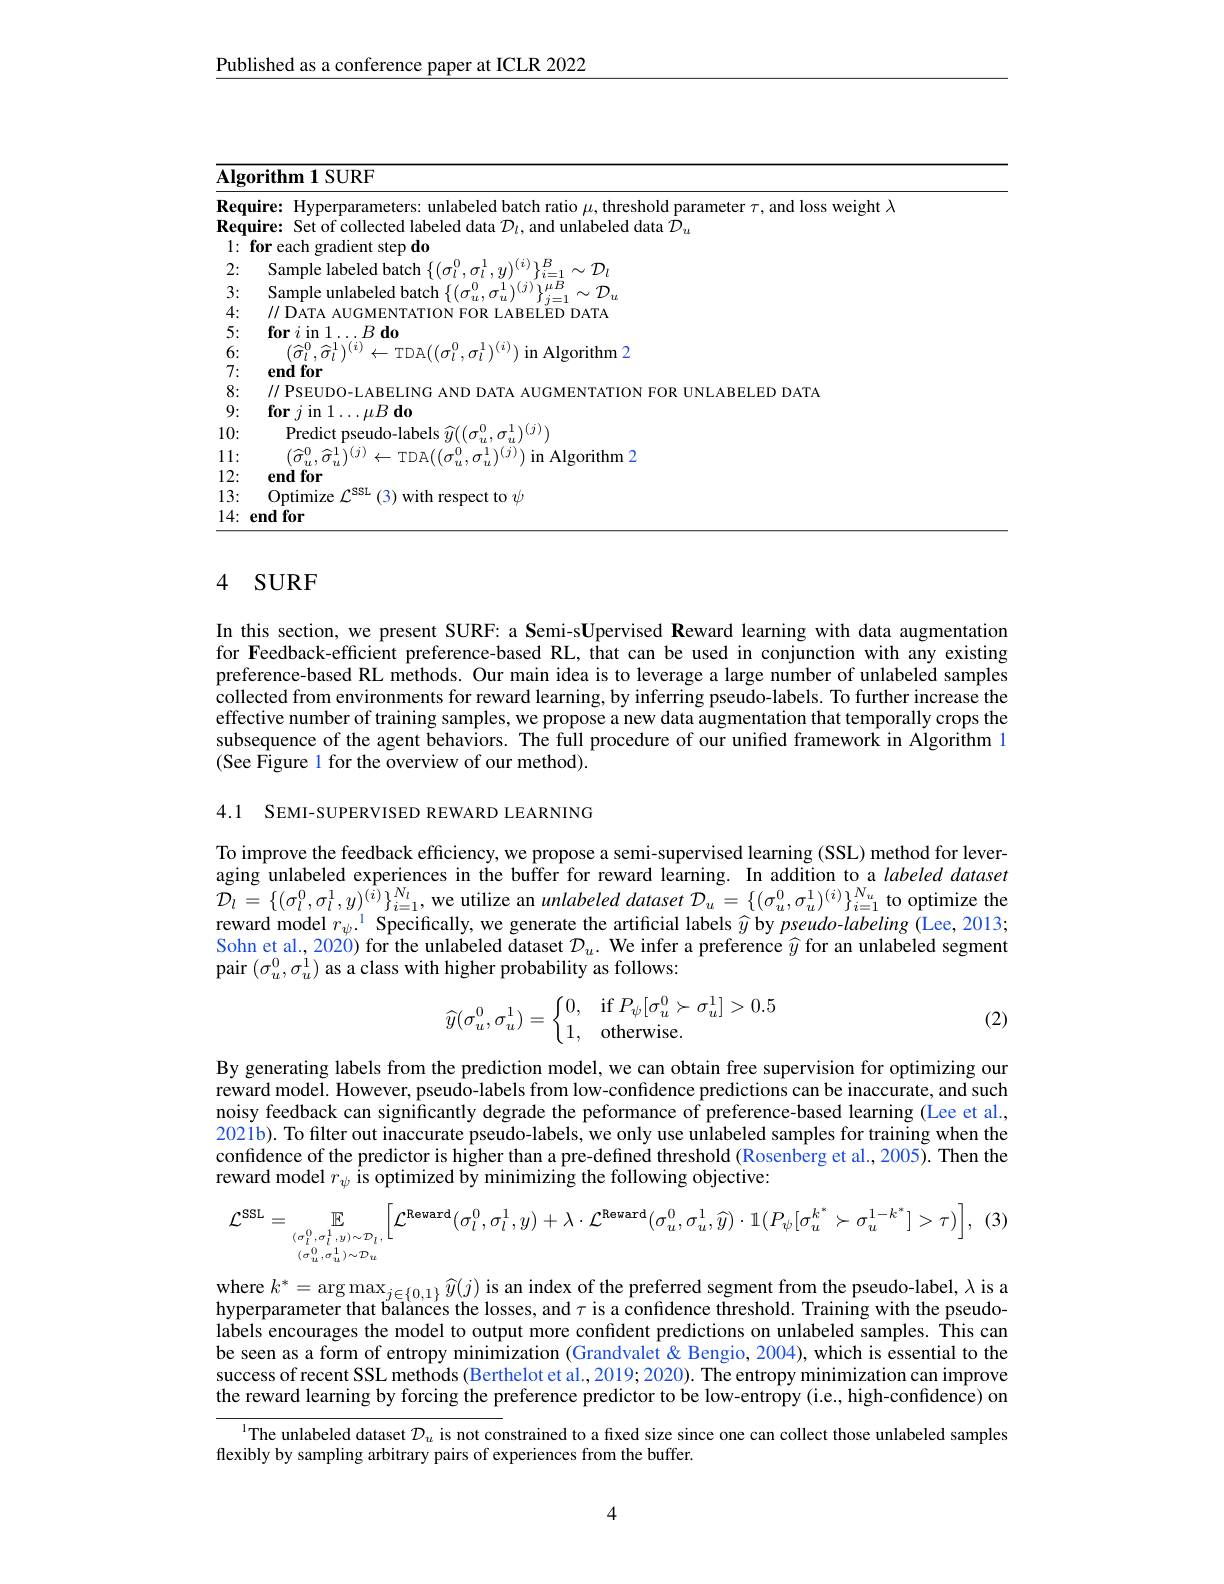
Published as a conference paper at ICLR 2022

<table>
	<tbody>
		<tr>
			<th>$\overline{\mathbf{Alg}(}$</th>
			<th>$orithm1SURF$</th>
		</tr>
		<tr>
			<td>Reqt</td>
			<td>$w\dot{e}ight$</td>
		</tr>
		<tr>
			<td>Reqr</td>
			<td>unlaheled data </td>
		</tr>
		<tr>
			<td>T 1:</td>
			<td>for each gradient step do</td>
		</tr>
		<tr>
			<td>2:</td>
			<td>Samnle laheled hatc $\therefore(i)_{1}B$ $_{1}\sim\mathcal{D}_{l}$</td>
		</tr>
		<tr>
			<td>3</td>
			<td>$(j)_{1}\mu B$ $,\mathcal{T}$</td>
		</tr>
		<tr>
			<td>4:</td>
			<td>110AT $\Delta RFIEDD\Delta T\Delta$</td>
		</tr>
		<tr>
			<td>5:</td>
			<td>$\textbf{for}i$ in$1\ldots B\textbf{ do}$</td>
		</tr>
		<tr>
			<td>6:</td>
			<td>$\hat{\sigma}_{i}^{0}\hat{\sigma}_{i}^{1}\rangle(i)$ $\cap\pi//\sigma^{0}-\sigma^{1})^{(2}$ Algorithm</td>
		</tr>
		<tr>
			<td>7:</td>
			<td>endfor</td>
		</tr>
		<tr>
			<td>8:</td>
			<td>//PSEUDO-I.ABEI.ING FOR IINI AREI FD DATA</td>
		</tr>
		<tr>
			<td>9:</td>
			<td>$\textbf{for }j$ in 1$\ldots \mu B\textbf{ do}$</td>
		</tr>
		<tr>
			<td>10:</td>
			<td>Predict pseudo-labels $\widehat{u}((\sigma_{x}^{0},\sigma_{x}^{1})^{(j)})$</td>
		</tr>
		<tr>
			<td>1: 1</td>
			<td>${\frac \Delta \sigma }^{0}$ ${\frac \Delta \sigma }^{1}\rangle ( j$, $TDA//\sigma^{0}$ 0 $\sigma ^{1}( j)$in in Algorithm 2</td>
		</tr>
		<tr>
			<td>12:</td>
			<td>endfor</td>
		</tr>
		<tr>
			<td>13:</td>
			<td>Optimize $\mathcal{L} ^{\mathrm{SSL}}( 3)$with respect to $\psi$</td>
		</tr>
		<tr>
			<td>14:</td>
			<td>end for</td>
		</tr>
	</tbody>
</table>

### 4 SURF

In this section, we present SURF: a Semi-sUpervised Reward learning with data augmentation for Feedback-efficient preference-based RL, that can be used in conjunction with any existing preference-based RL methods. Our main idea is to leverage a large number of unlabeled samples collected from environments for reward learning, by inferring pseudo-labels. To further increase the effective number of training samples, we propose a new data augmentation that temporally crops the subsequence of the agent behaviors. The full procedure of our unified framework in Algorithm l (See Figure 1 for the overview of our method).

4.1 SEMI-SUPERVISED REWARD LEARNING

To improve the feedback efficiency, we propose a semi-supervised learning (SSL) method for leveraging unlabeled experiences in the buffer for reward learning. In addition to a labeled dataset $\mathcal{D}_{l}=\{(\sigma_{l}^{0},\sigma_{l}^{1},y)^{(\hat{i})}\}_{i=1}^{N_{l}}$, we utilize an unlabeled dataset $\mathcal{D}_u=\{(\sigma_{u}^{0},\sigma_{u}^{1})^{(i)}\}_{i=1}^{N_{u}}$ to optimize the reward model $r_\psi.^{1}$ Specifically, we generate the artificial labels $\widehat{y}$ by pseudo-labeling (Lee, 2013; Sohn et al., 2020) for the unlabeled dataset $\mathcal{D}_u.$ We infer a preference $\widehat{y}$ for an unlabeled segment pair $(\sigma_u^0,\sigma_u^1)$ as a class with higher probability as follows:
$$\widehat y(\sigma_u^0,\sigma_u^1)=\left\{\begin{matrix}0,&\text{if}P_\psi[\sigma_u^0\succ\sigma_u^1]>0.5\\1,&\text{otherwise.}\end{matrix}\right.$$
(2)

By generating labels from the prediction model, we can obtain free supervision for optimizing our reward model. However, pseudo-labels from low-confidence predictions can be inaccurate, and such noisy feedback can significantly degrade the peformance of preference-based learning (Lee et al., 2021b). To filter out inaccurate pseudo-labels, we only use unlabeled samples for training when the confidence of the predictor is higher than a pre-defined threshold (Rosenberg et al.,2005). Then the reward model $r_\psi$ is optimized by minimizing the following objective:

(3)
$$\mathcal{L}^{\mathrm{SSL}}=\mathbb{E}_{(\sigma_{l}^{0},\sigma_{l}^{1},y)\sim\mathcal{D}_{l},}\bigg[\mathcal{L}^{\mathrm{Reward}}(\sigma_{l}^{0},\sigma_{l}^{1},y)+\lambda\cdot\mathcal{L}^{\mathrm{Reward}}(\sigma_{u}^{0},\sigma_{u}^{1},\widehat{y})\cdot\mathbb{1}\big(P_{\psi}[\sigma_{u}^{k^{*}}\succ\sigma_{u}^{1-k^{*}}]>\tau\big)\bigg],$$
where $k^* = \arg \max _{j\in \{ 0, 1\} }\widehat{y} ( j)$ is an index of the preferred segment from the pseudo-label, $\lambda$ is a hyperparameter that balances the losses, and $\tau$ is a confidence threshold. Training with the pseudolabels encourages the model to output more confident predictions on unlabeled samples. This can be seen as a form of entropy minimization (Grandvalet & Bengio, 2004), which is essential to the success of recent SSL methods (Berthelot et al., 2019; 2020). The entropy minimization can improve the reward learning by forcing the preference predictor to be low-entropy (i.e, high-confidence) on

$^{1}$The unlabeled dataset $\mathcal{D}_u$ is not constrained to a fixed size since one can collect those unlabeled samples

flexibly by sampling arbitrary pairs of experiences from the buffer.

4